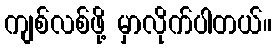
ကျစ်လစ်ဖို့ မှာလိုက်ပါတယ်။